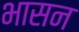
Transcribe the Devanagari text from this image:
भासन